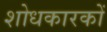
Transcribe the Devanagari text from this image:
शोधकारकों